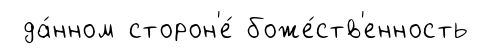
да́нном сторон'е́ боже́ств'енность